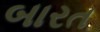
બારત